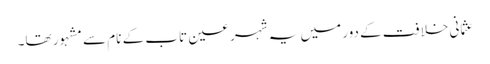
عثمانی خلافت کے دور میں یہ شہر عین تاب کے نام سے مشہور تھا۔